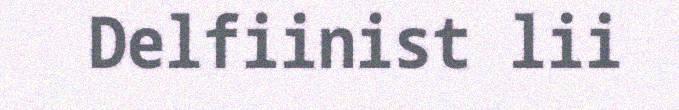
Delfiinist lii